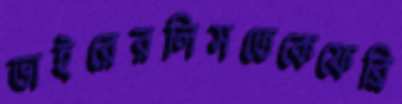
ভাইরেরলিসতেকেফেব্রি